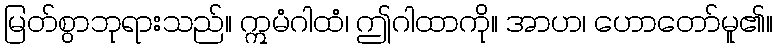
မြတ်စွာဘုရားသည်။ ဣမံဂါထံ၊ ဤဂါထာကို။ အာဟ၊ ဟောတော်မူ၏။